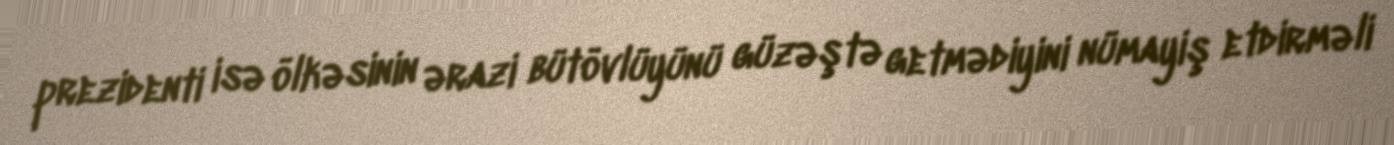
prezidenti isə ölkəsinin ərazi bütövlüyünü güzəştə getmədiyini nümayiş etdirməli